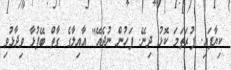
ކިޔާފައި. ފުރަތަމަ ކޮޅު ދިނޭ. ފަހުން ނުދެއޭ" އާއިލާގެ ގާތް ބޭފުޅާ ވިދާޅުވި